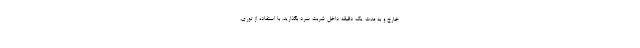
خارج و به مدت یک دقیقه داخل شربت سرد بگذارید. با استفاده از توری،